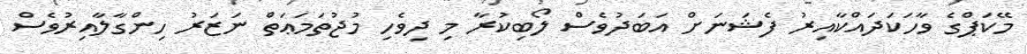
މޭކަޕްގެ ވާހަކަދައްކާއިރު ފެޝަނަށް އަބަދުވެސް ލޯބިކުރާ މި ދިވެހި މުޖުތަމަޢަތް ނަޒަރު ހިންގާލާއިރުވެސް